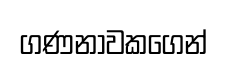
ගණනාවකගෙන්